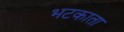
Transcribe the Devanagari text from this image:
भटकाता